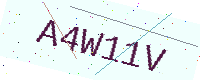
Text: A4W11V